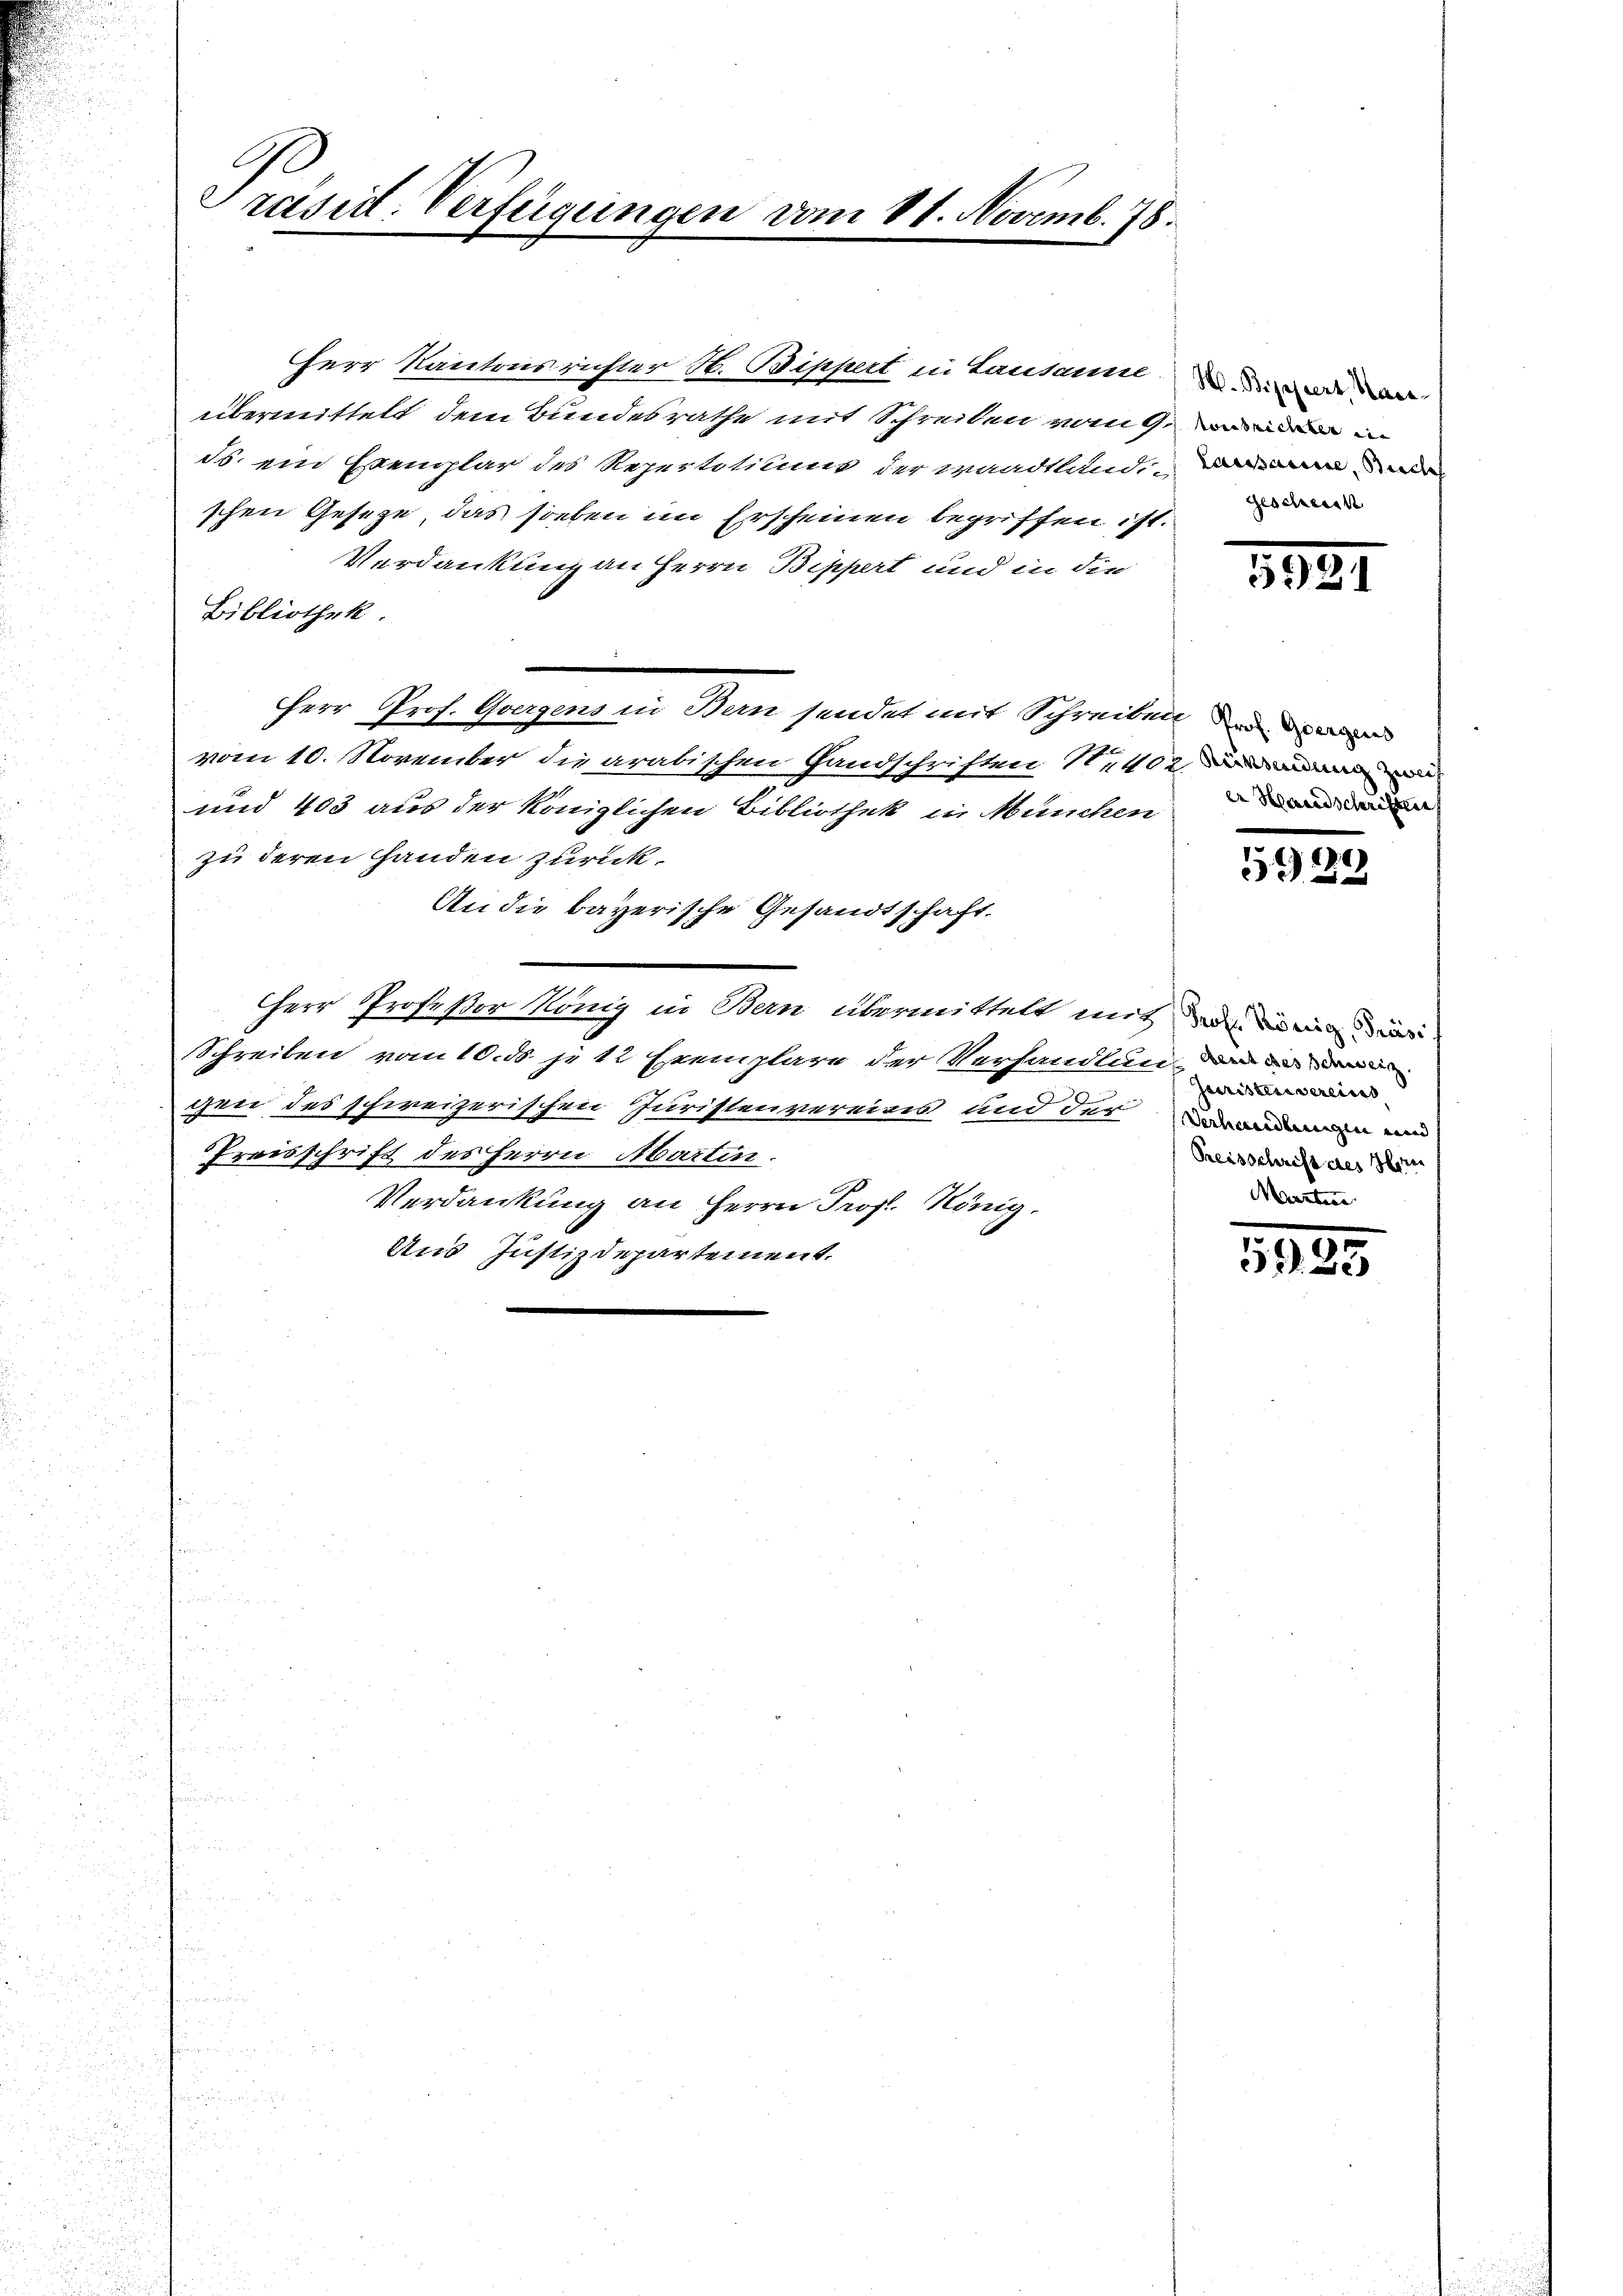
Präsid. Verfügungen vom 11. Novemb. 78.

Herr Kantonsrichter H. Bippert in Lausanne
übermittelt dem Bundesrathe mit Schreiben vom 9.
ds. ein Exemplar des Repertititums der waadtländischen Geseze, das sieben im Erscheinen begriffen ist.
Verdankung an Herrn Bippert und in die
Bibliothek.
Herr Prof. Gvergens in Bern sendet mit Schreiben den der
vom 10. November die arabischen Gandschriften 1402 de
und 403 aus der Königlichen Bibliothek in München
zu deren Handen zurück.
An die bayerische Gesandtschaft.
Herr Profeßor König in Bern übermittelt mit die in der
Schreiben vom 10. ds je 12 Exemplare der Verhandlung der
gen des schweizerischen Juristenvereins und der Brandin und
Preisschrift des Herrn Abarten.
Verdankung an Herrn Prof. König
Uns Justizdepartement.

H. Bippert, Maretonsrichter in
Lausanne, Buch
Gescheint

5987

er Handschriften

5929

Juristenvereins
Preisschrift des Hern
Merntere

1895